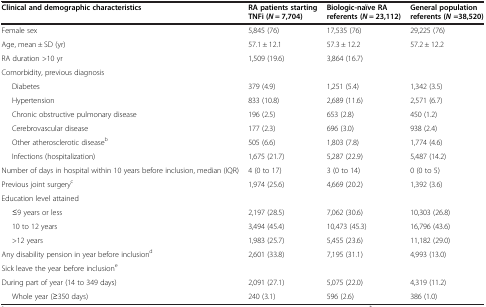
<table><thead><tr><td><b>Clinical and demographic characteristics</b></td><td><b>RA patients starting TNFi (<i>N</i> = 7,704)</b></td><td><b>Biologic-naïve RA referents (<i>N</i> = 23,112)</b></td><td><b>General population referents (<i>N </i>=38,520)</b></td></tr></thead><tbody><tr><td>Female sex</td><td>5,845 (76)</td><td>17,535 (76)</td><td>29,225 (76)</td></tr><tr><td>Age, mean ± SD (yr)</td><td>57.1 ± 12.1</td><td>57.3 ± 12.2</td><td>57.2 ± 12.2</td></tr><tr><td>RA duration &gt;10 yr</td><td>1,509 (19.6)</td><td>3,864 (16.7)</td><td> </td></tr><tr><td>Comorbidity, previous diagnosis</td><td> </td><td> </td><td> </td></tr><tr><td>Diabetes</td><td>379 (4.9)</td><td>1,251 (5.4)</td><td>1,342 (3.5)</td></tr><tr><td>Hypertension</td><td>833 (10.8)</td><td>2,689 (11.6)</td><td>2,571 (6.7)</td></tr><tr><td>Chronic obstructive pulmonary disease</td><td>196 (2.5)</td><td>653 (2.8)</td><td>450 (1.2)</td></tr><tr><td>Cerebrovascular disease</td><td>177 (2.3)</td><td>696 (3.0)</td><td>938 (2.4)</td></tr><tr><td>Other atherosclerotic disease<sup>b</sup></td><td>505 (6.6)</td><td>1,803 (7.8)</td><td>1,774 (4.6)</td></tr><tr><td>Infections (hospitalization)</td><td>1,675 (21.7)</td><td>5,287 (22.9)</td><td>5,487 (14.2)</td></tr><tr><td>Number of days in hospital within 10 years before inclusion, median (IQR)</td><td>4 (0 to 17)</td><td>3 (0 to 14)</td><td>0 (0 to 5)</td></tr><tr><td>Previous joint surgery<sup>c</sup></td><td>1,974 (25.6)</td><td>4,669 (20.2)</td><td>1,392 (3.6)</td></tr><tr><td>Education level attained</td><td> </td><td> </td><td> </td></tr><tr><td>≤9 years or less</td><td>2,197 (28.5)</td><td>7,062 (30.6)</td><td>10,303 (26.8)</td></tr><tr><td>10 to 12 years</td><td>3,494 (45.4)</td><td>10,473 (45.3)</td><td>16,796 (43.6)</td></tr><tr><td>&gt;12 years</td><td>1,983 (25.7)</td><td>5,455 (23.6)</td><td>11,182 (29.0)</td></tr><tr><td>Any disability pension in year before inclusion<sup>d</sup></td><td>2,601 (33.8)</td><td>7,195 (31.1)</td><td>4,993 (13.0)</td></tr><tr><td>Sick leave the year before inclusion<sup>e</sup></td><td> </td><td> </td><td> </td></tr><tr><td>During part of year (14 to 349 days)</td><td>2,091 (27.1)</td><td>5,075 (22.0)</td><td>4,319 (11.2)</td></tr><tr><td>Whole year (≥350 days)</td><td>240 (3.1)</td><td>596 (2.6)</td><td>386 (1.0)</td></tr></tbody></table>